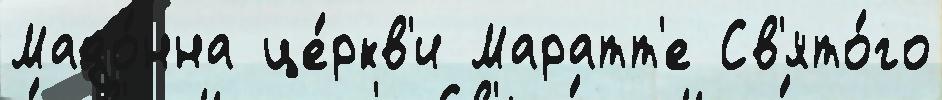
Мадо́нна це́ркв'и Маратт'е Св'ято́го